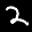
Label: 2